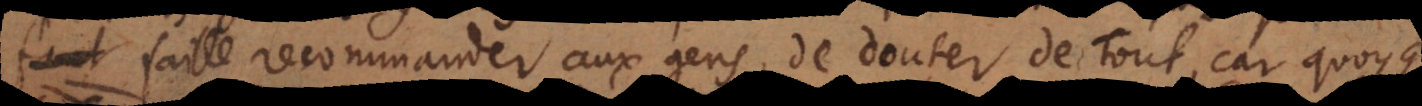
faille recommander aux gens, de douter de Tout, car quoyque